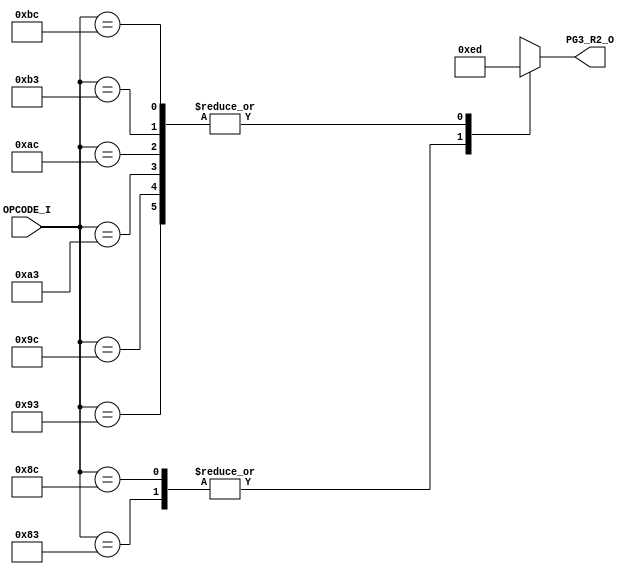
// [TURBO9_DECODE_HEADER_START]
//////////////////////////////////////////////////////////////////////////////
//                          Turbo9 Microprocessor IP
//////////////////////////////////////////////////////////////////////////////
// Website: www.turbo9.org
// Contact: team[at]turbo9[dot]org
//////////////////////////////////////////////////////////////////////////////
// [TURBO9_DECODE_LICENSE_START]
// BSD-1-Clause
//
// Copyright (c) 2020-2023
// Kevin Phillipson
// Michael Rywalt
// All rights reserved.
//
// Redistribution and use in source and binary forms, with or without
// modification, are permitted provided that the following conditions are met:
//
// 1. Redistributions of source code must retain the above copyright notice,
//    this list of conditions and the following disclaimer.
//
// THIS SOFTWARE IS PROVIDED BY THE COPYRIGHT HOLDERS AND CONTRIBUTORS "AS IS"
// AND ANY EXPRESS OR IMPLIED WARRANTIES, INCLUDING, BUT NOT LIMITED TO, THE
// IMPLIED WARRANTIES OF MERCHANTABILITY AND FITNESS FOR A PARTICULAR PURPOSE
// ARE DISCLAIMED. IN NO EVENT SHALL THE COPYRIGHT HOLDERS AND CONTRIBUTORS BE
// LIABLE FOR ANY DIRECT, INDIRECT, INCIDENTAL, SPECIAL, EXEMPLARY, OR
// CONSEQUENTIAL DAMAGES (INCLUDING, BUT NOT LIMITED TO, PROCUREMENT OF
// SUBSTITUTE GOODS OR SERVICES; LOSS OF USE, DATA, OR PROFITS; OR BUSINESS
// INTERRUPTION) HOWEVER CAUSED AND ON ANY THEORY OF LIABILITY, WHETHER IN
// CONTRACT, STRICT LIABILITY, OR TORT (INCLUDING NEGLIGENCE OR OTHERWISE)
// ARISING IN ANY WAY OUT OF THE USE OF THIS SOFTWARE, EVEN IF ADVISED OF THE
// POSSIBILITY OF SUCH DAMAGE.
// [TURBO9_DECODE_LICENSE_END]
//////////////////////////////////////////////////////////////////////////////
// Description:
// Assembled from turbo9_urtl.asm file
// built using cv_R2_SEL ctrl_vec
//
//////////////////////////////////////////////////////////////////////////////
// History:
// 07.14.2023 - Kevin Phillipson
//   File header added
//
//////////////////////////////////////////////////////////////////////////////
// [TURBO9_DECODE_HEADER_END]

/////////////////////////////////////////////////////////////////////////////
//                                MODULE
/////////////////////////////////////////////////////////////////////////////
module turbo9_urtl_decode_pg3_R2(
  input      [7:0] OPCODE_I,
  output reg [3:0] PG3_R2_O
);

/////////////////////////////////////////////////////////////////////////////
//                                LOGIC
/////////////////////////////////////////////////////////////////////////////

always @* begin
  case (OPCODE_I)
    8'h83 : PG3_R2_O = 4'he; // IDATA       CMPU (imm)
    8'h8C : PG3_R2_O = 4'he; // IDATA       CMPS (imm)
    8'h93 : PG3_R2_O = 4'hd; // DMEM_RD     CMPU (dir idx ext)
    8'h9C : PG3_R2_O = 4'hd; // DMEM_RD     CMPS (dir idx ext)
    8'hA3 : PG3_R2_O = 4'hd; // DMEM_RD     CMPU (dir idx ext)
    8'hAC : PG3_R2_O = 4'hd; // DMEM_RD     CMPS (dir idx ext)
    8'hB3 : PG3_R2_O = 4'hd; // DMEM_RD     CMPU (dir idx ext)
    8'hBC : PG3_R2_O = 4'hd; // DMEM_RD     CMPS (dir idx ext)
    default : PG3_R2_O = 4'hx; // from decode_init
  endcase
end

`ifdef SIM_TURBO9

reg [(8*64):0] PG3_R2_op;

always @* begin
  case (OPCODE_I)
    8'h83 : PG3_R2_op = "CMPU (imm)";
    8'h8C : PG3_R2_op = "CMPS (imm)";
    8'h93 : PG3_R2_op = "CMPU (dir idx ext)";
    8'h9C : PG3_R2_op = "CMPS (dir idx ext)";
    8'hA3 : PG3_R2_op = "CMPU (dir idx ext)";
    8'hAC : PG3_R2_op = "CMPS (dir idx ext)";
    8'hB3 : PG3_R2_op = "CMPU (dir idx ext)";
    8'hBC : PG3_R2_op = "CMPS (dir idx ext)";
    default : PG3_R2_op = "invalid";
  endcase
end

reg [(8*64):0] PG3_R2_eq;

always @* begin
  case (OPCODE_I)
    8'h83 : PG3_R2_eq = "IDATA";
    8'h8C : PG3_R2_eq = "IDATA";
    8'h93 : PG3_R2_eq = "DMEM_RD";
    8'h9C : PG3_R2_eq = "DMEM_RD";
    8'hA3 : PG3_R2_eq = "DMEM_RD";
    8'hAC : PG3_R2_eq = "DMEM_RD";
    8'hB3 : PG3_R2_eq = "DMEM_RD";
    8'hBC : PG3_R2_eq = "DMEM_RD";
    default : PG3_R2_eq = "invalid";
  endcase
end

`endif

/////////////////////////////////////////////////////////////////////////////

endmodule